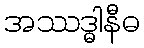
အဿဒ္ဓါနီဓ